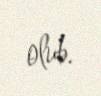
olub.